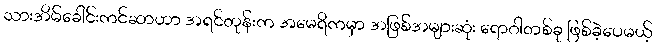
သားအိမ်ခေါင်းကင်ဆာဟာ အရင်တုန်းက အမေရိကမှာ အဖြစ်အများဆုံး ရောဂါတစ်ခု ဖြစ်ခဲ့ပေမယ့်